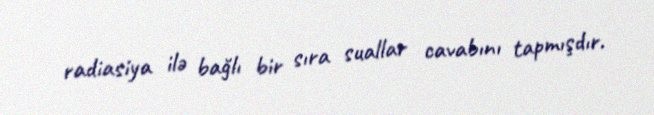
radiasiya ilə bağlı bir sıra suallar cavabını tapmışdır.